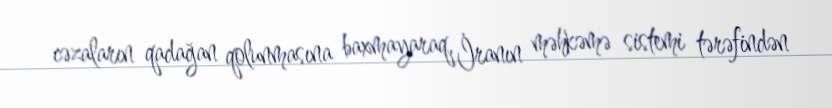
cəzaların qadağan qolunmasına baxmayaraq, İranın məhkəmə sistemi tərəfindən